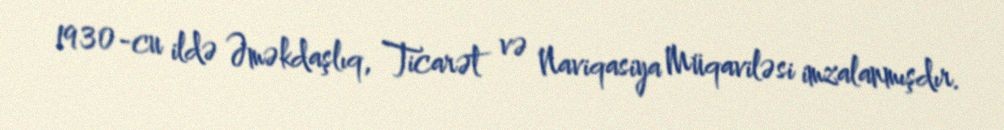
1930-cu ildə Əməkdaşlıq, Ticarət və Naviqasiya Müqaviləsi imzalanmışdır.